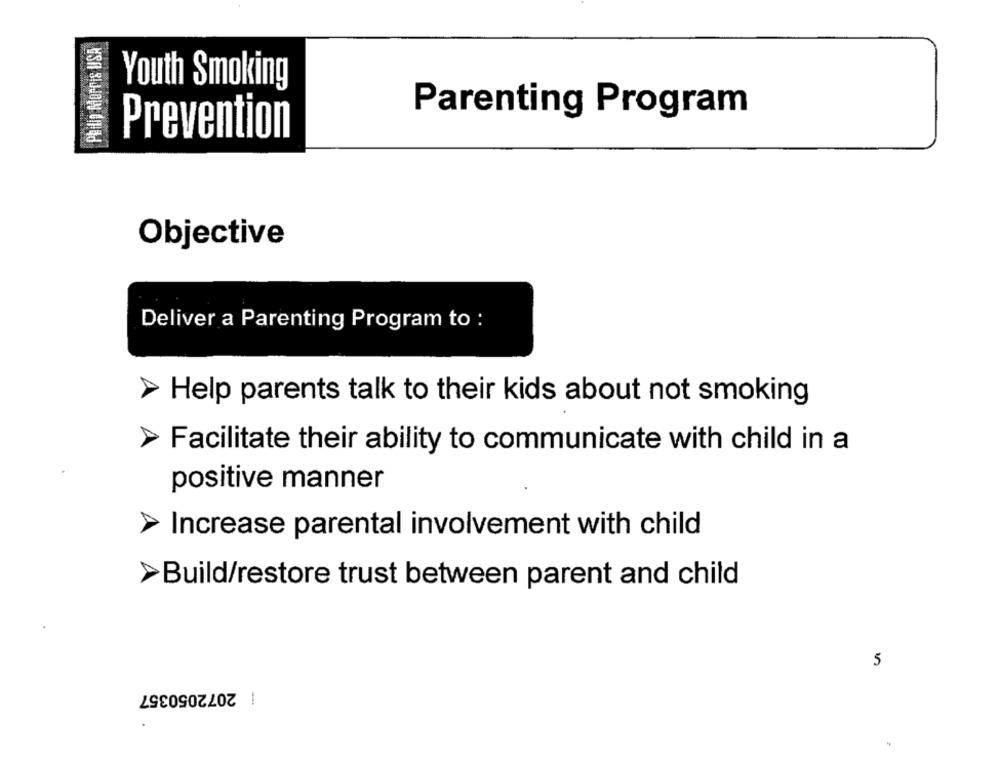
Philip Morris USA
Youth Smoking
Parenting Program
Prevention
Objective
Deliver a Parenting Program to :
Help parents talk to their kids about not smoking
Facilitate their ability to communicate with child in a
positive manner
Increase parental involvement with child
>Build/restore trust between parent and child
5
| 2072050357